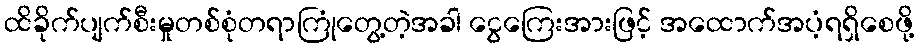
ထိခိုက်ပျက်စီးမှုတစ်စုံတရာကြုံတွေ့တဲ့အခါ ငွေကြေးအားဖြင့် အထောက်အပံ့ရရှိစေဖို့